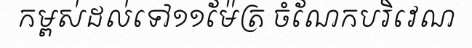
កម្ពស់ដល់ទៅ១១ម៉ែត្រ ចំណែកបរិវេណ